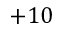
+ 1 0